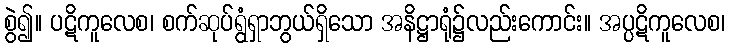
စွဲ၍။ ပဋိကူလေစ၊ စက်ဆုပ်ရွံရှာဘွယ်ရှိသော အနိဋ္ဌာရုံ၌လည်းကောင်း။ အပ္ပဋိကူလေစ၊